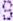
S